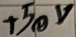
Text: +50V